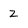
Character: Z